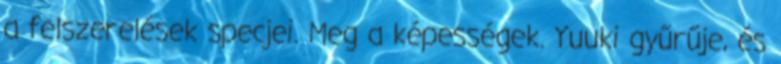
a felszerelések specjei. Meg a képességek. Yuuki gyűrűje, és